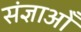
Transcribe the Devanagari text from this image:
संज्ञाओँ